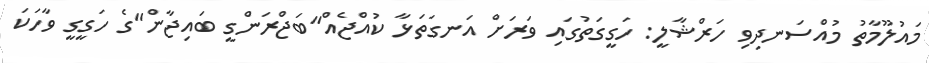
މައުލޫމާތު މުއްސަނދިވި ހަރްޝާލީ: ހަގީގަތުގައި ވަރަށް އަނގަތަޅާ ކުއްޖެއް"ބަޖްރަންގީ ބައިޖާން"ގެ ހަގީގީ ވާހަކަ